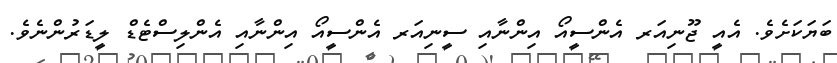
ބަޔަކަށެވެ. އެއީ ޖޫނިއަރ އެންސީއޯ އިންނާއި ސީނިއަރ އެންސީއޯ އިންނާއި އެންލިސްޓެޑް ލީޑަރުންނެވެ.